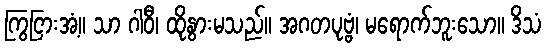
ကြွငြားအံ့။ သာ ဂါဝီ၊ ထိုနွားမသည်။ အဂတပုဗ္ဗံ၊ မရောက်ဘူးသော။ ဒိသံ